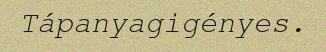
Tápanyagigényes.